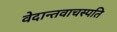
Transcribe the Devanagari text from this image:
वेदान्तवाचस्पति